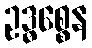
ဥဒ္ဓစ္စေန